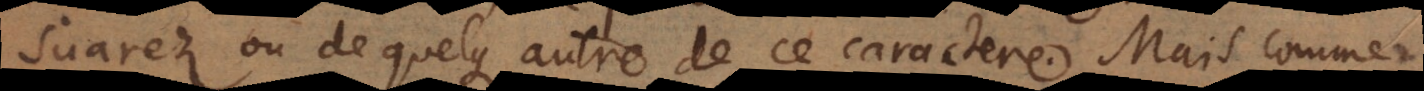
Suarez ou de quelque autre de ce caractere. Mais comme